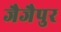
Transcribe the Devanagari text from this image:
जैजैपुर